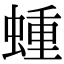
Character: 蝩